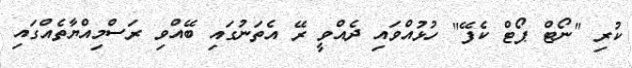
ކުރި "ނޯޓް ޕޯޓް ކެފޭ" ހުޅުއްވައި ދެއްވީ ރޭ އެތަނުގައި ބޭއްވި ރަސްމިއްޔާތެއްގައި